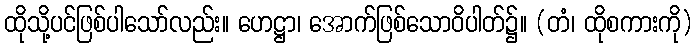
ထိုသို့ပင်ဖြစ်ပါသော်လည်း။ ဟေဋ္ဌာ၊ အောက်ဖြစ်သောဝိပါတ်၌။ (တံ၊ ထိုစကားကို)